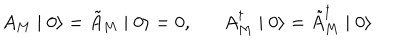
A _ { M } \mid 0 \rangle = \tilde { A } _ { M } \mid 0 \rangle = 0 , A _ { M } ^ { \dagger } \mid 0 \rangle = \tilde { A } _ { M } ^ { \dagger } \mid 0 \rangle